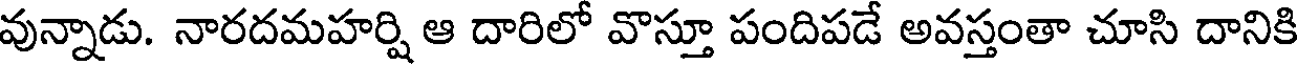
వున్నాడు. నారదమహర్షి ఆ దారిలో వొస్తూ పందిపడే అవస్తంతా చూసి దానికి